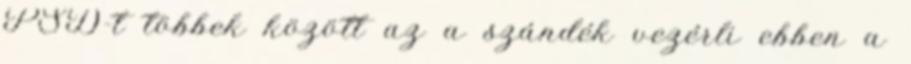
PSD-t többek között az a szándék vezérli ebben a